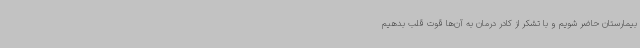
بیمارستان حاضر شویم و با تشکر از کادر درمان به آن‌ها قوت قلب بدهیم